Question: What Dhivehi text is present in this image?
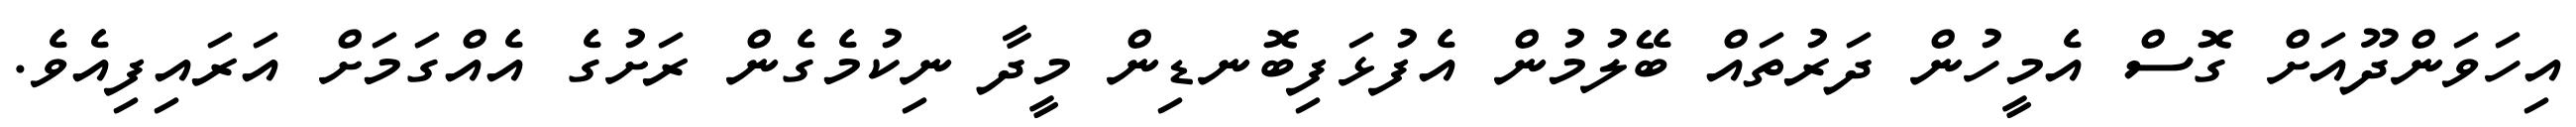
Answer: އިހަވަންދޫއަށް ގޮސް އެމީހުން ދަރުތައް ބޭލުމުން އެފުޅަފިބޮނޑިން މީދާ ނިކުމެގެން ރަށުގެ އެއްގަމަށް އަރައިފިއެވެ.